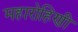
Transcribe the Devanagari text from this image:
महारोहिणी